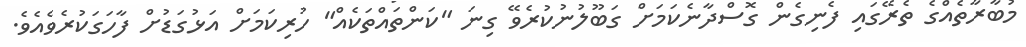
މުބާރާތެއްގެ ތެރޭގައި ފެނިގެން ގޮސްދާނެކަމަށް ގަބޫލުނުކުރެވޭ ގިނަ "ކަންތައްތަކެއް" ހުރިކަމަށް އަޅުގަޑުށް ފާހަގަކުރެވެއެވެ.